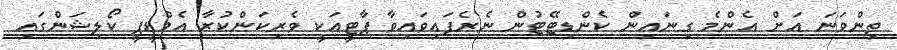
ތިންވަނަ އަށް އެންމެ ގިނައިން ކެންޑިޓޭޓުން ނެރެފައިވައިވާ ޕާޓީއަކީ ވެރިކަންކުރާ އެމްޑީޕީ ކޯލިޝަންގައި